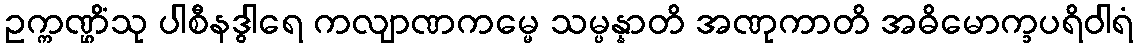
ဥက္ကဏ္ဌိံသု ပါစီနဒွါရေ ကလျာဏကမ္မေ သမ္ပန္နာတိ အဏုကာတိ အဓိမောက္ခပရိဝါရံ